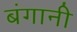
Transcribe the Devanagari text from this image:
बंगानी